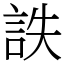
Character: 詄